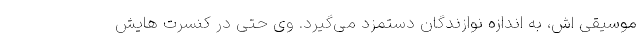
موسیقی اش، به اندازه نوازندگان دستمزد می‌گیرد. وی حتی در کنسرت هایش